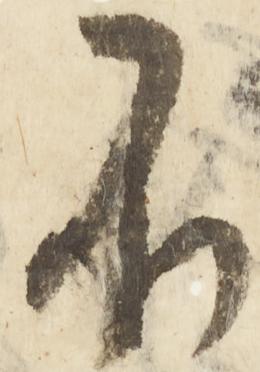
不